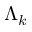
\Lambda _ { k }